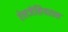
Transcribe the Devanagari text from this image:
ऐलजेसियरास